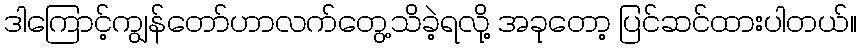
ဒါကြောင့်ကျွန်တော်ဟာလက်တွေ့သိခဲ့ရလို့ အခုတော့ ပြင်ဆင်ထားပါတယ်။